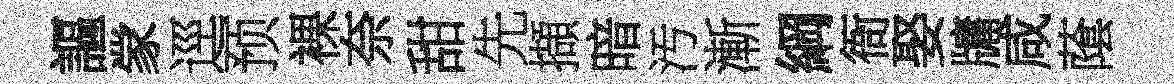
謳䝉逕预裸奈甜先擷暗汚漸綱衙娶牗咸䕃